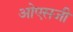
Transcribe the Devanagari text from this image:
ओएसजी